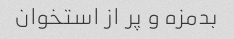
بدمزه و پر از استخوان